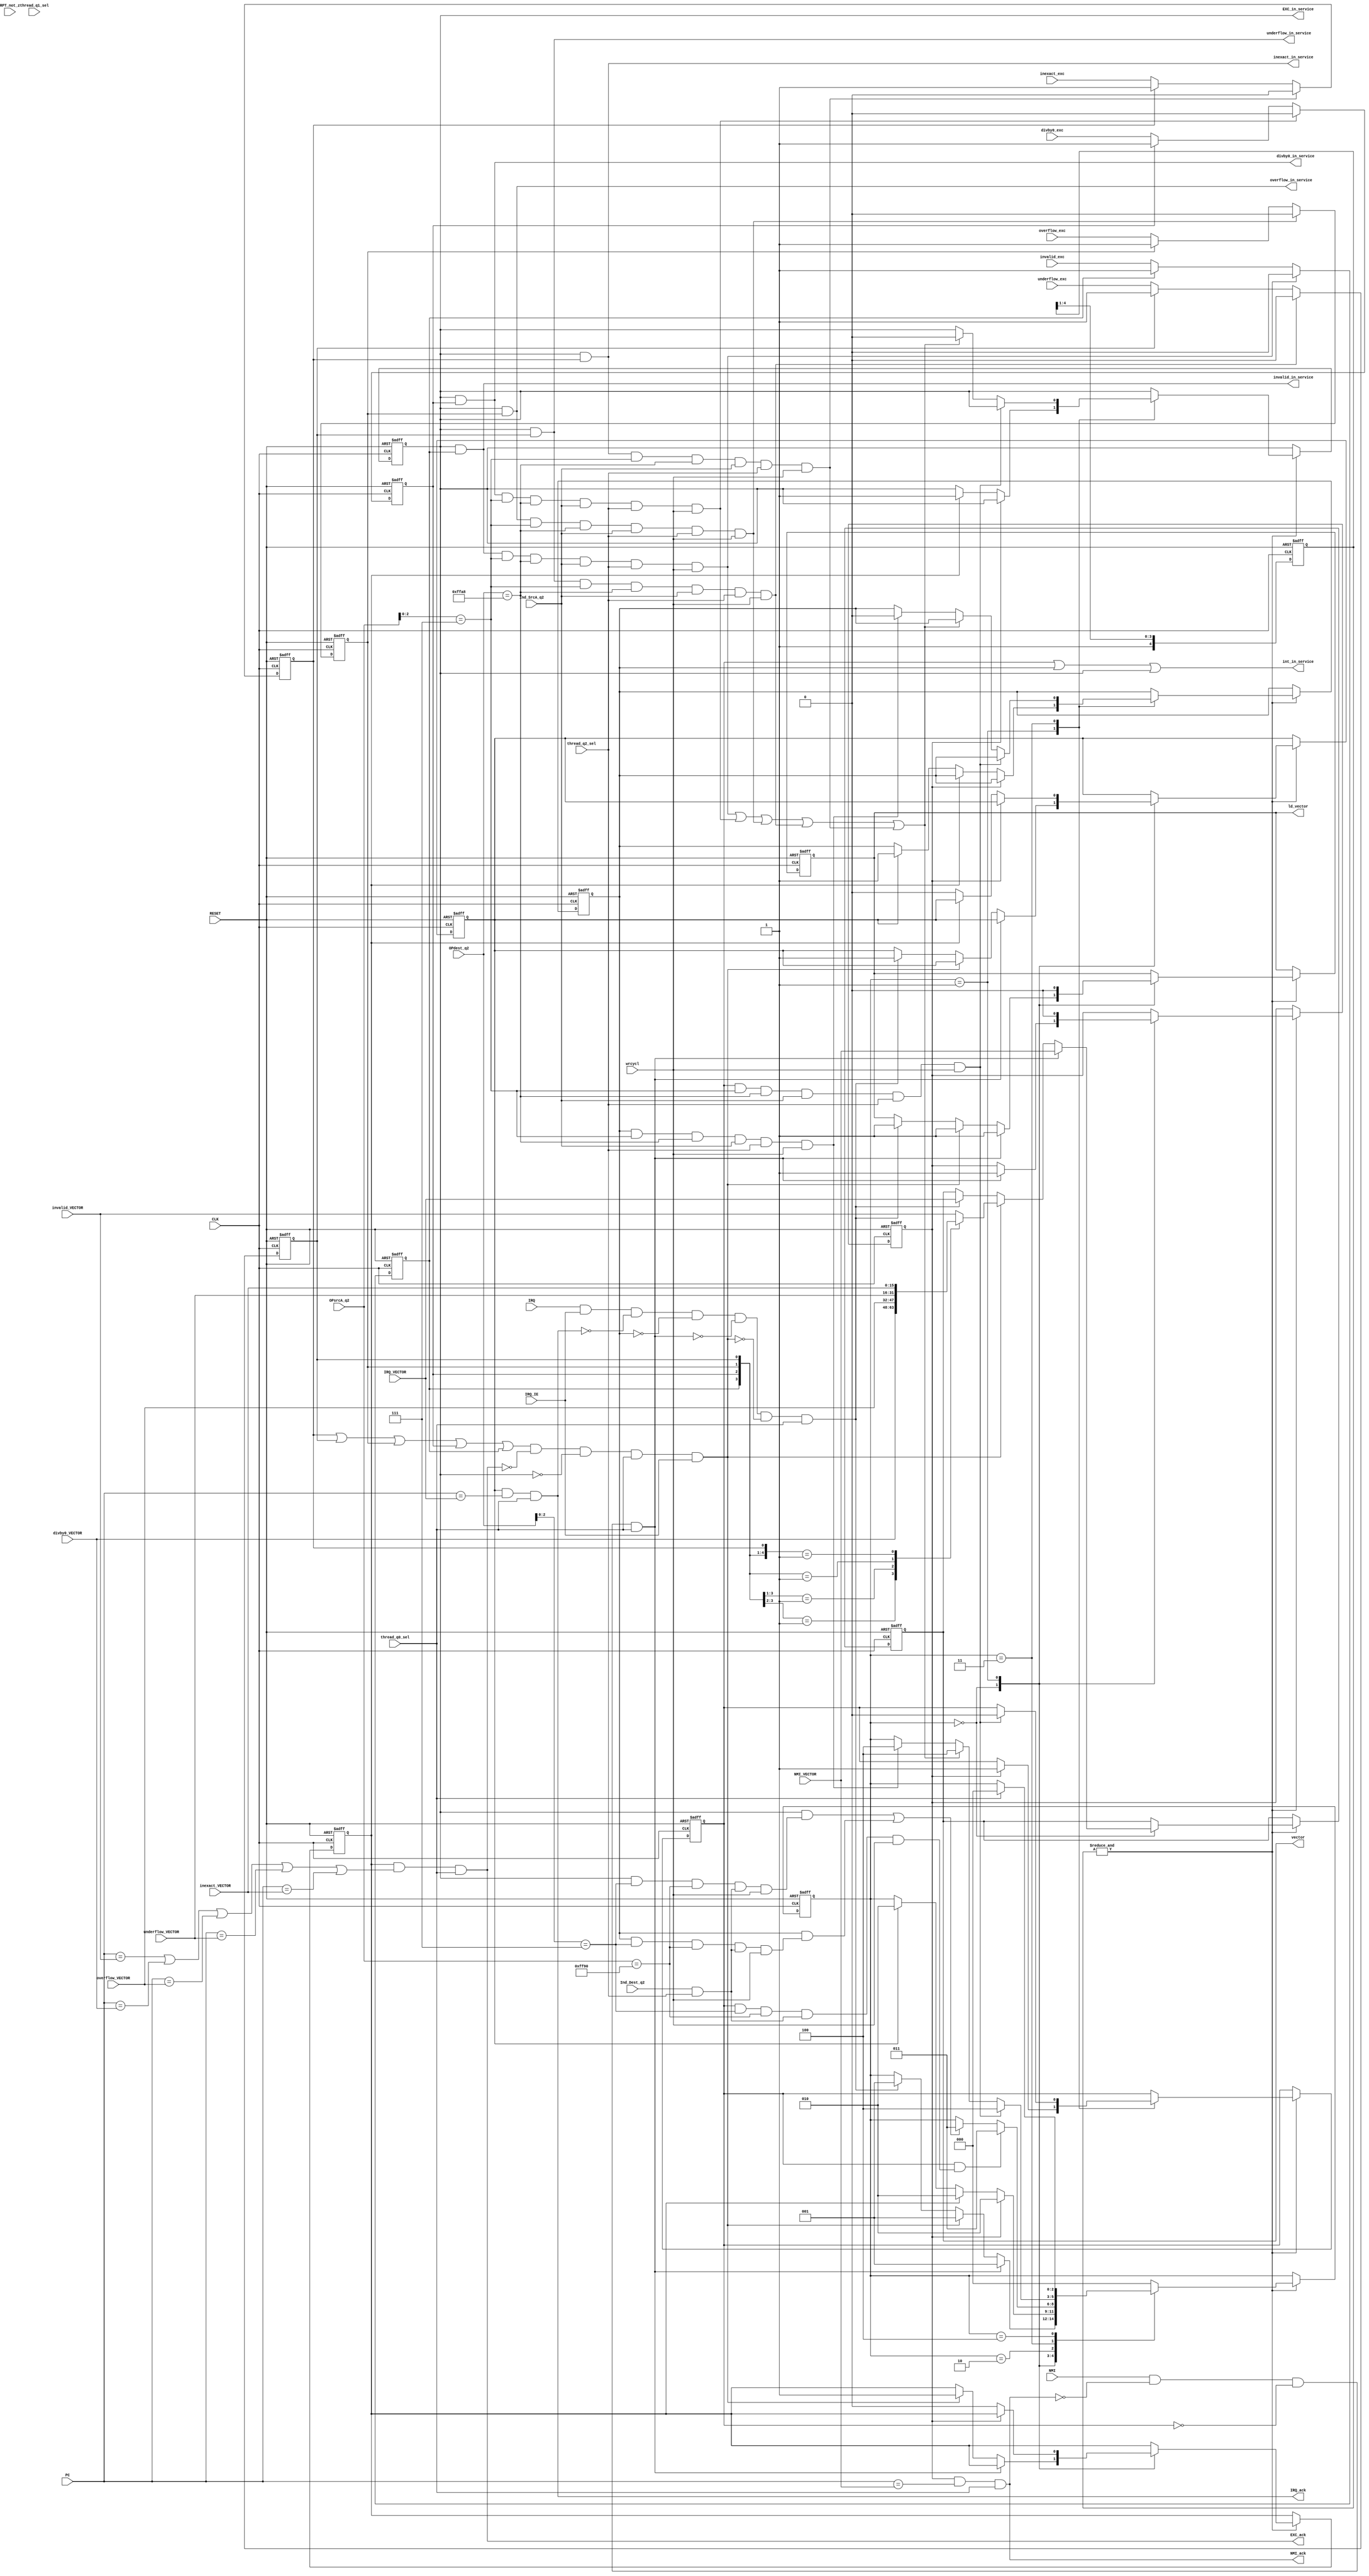
 `timescale 1ns/100ps
 // Version:  1.06  January 18, 2016
 // Copyright (C) 2015-2016.  All rights reserved.
////////////////////////////////////////////////////////////////////////////////////////////////////////////////////
//                                                                                                                //
//             SYMPL 32-BIT RISC, COARSE-GRAINED SCHEDULER (CGS) and GP-GPU SHADER IP CORES                       //
//                              Evaluation and Product Development License                                        //
//                                                                                                                //
// Provided that you comply with all the terms and conditions set forth herein, Jerry D. Harthcock ("licensor"),  //
// the original author and exclusive copyright owner of these SYMPL 32-BIT RISC, COARSE-GRAINED SCHEDULER (CGS)   //
// and GP-GPU SHADER Verilog RTL IP cores and related development software ("this IP")  hereby grants             //
// to recipient of this IP ("licensee"), a world-wide, paid-up, non-exclusive license to implement this IP in     //
// Xilinx, Altera, MicroSemi or Lattice Semiconductor brand FPGAs only and used for the purposes of evaluation,   //
// education, and development of end products and related development tools only.  Furthermore, limited to the    //
// the purposes of prototyping, evaluation, characterization and testing of their implementation in a hard,       //
// custom or semi-custom ASIC, any university or institution of higher education may have their implementation of //
// this IP produced for said limited purposes at any foundary of their choosing provided that such prototypes do  //
// not ever wind up in commercial circulation with such license extending to said foundary and is in connection   //
// with said academic pursuit and under the supervision of said university or institution of higher education.    //
//                                                                                                                //
// Any customization, modification, or derivative work of this IP must include an exact copy of this license      //
// and original copyright notice at the very top of each source file and derived netlist, and, in the case of     //
// binaries, a printed copy of this license and/or a text format copy in a separate file distributed with said    //
// netlists or binary files having the file name, "LICENSE.txt".  You, the licensee, also agree not to remove     //
// any copyright notices from any source file covered under this Evaluation and Product Development License.      //
//                                                                                                                //
// LICENSOR DOES NOT WARRANT OR GUARANTEE THAT YOUR USE OF THIS IP WILL NOT INFRINGE THE RIGHTS OF OTHERS OR      //
// THAT IT IS SUITABLE OR FIT FOR ANY PURPOSE AND THAT YOU, THE LICENSEE, AGREE TO HOLD LICENSOR HARMLESS FROM    //
// ANY CLAIM BROUGHT BY YOU OR ANY THIRD PARTY FOR YOUR SUCH USE.                                                 //
//                                                                                                                //
// Licensor reserves all his rights without prejudice, including, but in no way limited to, the right to change   //
// or modify the terms and conditions of this Evaluation and Product Development License anytime without notice   //
// of any kind to anyone. By using this IP for any purpose, you agree to all the terms and conditions set forth   //
// in this Evaluation and Product Development License.                                                            //
//                                                                                                                //
// This Evaluation and Product Development License does not include the right to sell products that incorporate   //
// this IP, any IP derived from this IP.  If you would like to obtain such a license, please contact Licensor.    //
//                                                                                                                //
// Licensor can be contacted at:  SYMPL.gpu@gmail.com                                                             //
//                                                                                                                //
////////////////////////////////////////////////////////////////////////////////////////////////////////////////////

module int_cntrl(
    CLK,
    RESET,
    PC,
    thread_q0_sel,
    thread_q1_sel,
    thread_q2_sel,
    OPsrcA_q2,
    OPdest_q2,
    Ind_Dest_q2,
    Ind_SrcA_q2,
    RPT_not_z,
    NMI,
    inexact_exc,  
    underflow_exc,
    overflow_exc, 
    divby0_exc,   
    invalid_exc,  
    IRQ,
    IRQ_IE,
    vector,
    ld_vector,
    NMI_ack,
    EXC_ack,
    IRQ_ack,
    EXC_in_service,
    invalid_in_service,
    divby0_in_service, 
    overflow_in_service, 
    underflow_in_service,
    inexact_in_service,
    wrcycl,
    int_in_service,
     NMI_VECTOR,
     IRQ_VECTOR,
     invalid_VECTOR,
     divby0_VECTOR,
     overflow_VECTOR,
     underflow_VECTOR,
     inexact_VECTOR
    );
    
input CLK; 
input RESET; 
input NMI; 
input inexact_exc;  
input underflow_exc;
input overflow_exc; 
input divby0_exc;   
input invalid_exc;  
input IRQ; 
input IRQ_IE;
input [15:0] PC;
input thread_q0_sel; 
input thread_q1_sel; 
input thread_q2_sel; 
input RPT_not_z;         
input [15:0] OPsrcA_q2;
input [15:0] OPdest_q2;
input Ind_Dest_q2;
input Ind_SrcA_q2;
output [15:0] vector;
output ld_vector;
output NMI_ack;
output EXC_ack;
output IRQ_ack;
output EXC_in_service;
output invalid_in_service;
output divby0_in_service; 
output overflow_in_service; 
output underflow_in_service;
output inexact_in_service;
output int_in_service;
input wrcycl;
input [15:0] NMI_VECTOR;
input [15:0] IRQ_VECTOR;
input [15:0] invalid_VECTOR;
input [15:0] divby0_VECTOR;
input [15:0] overflow_VECTOR;
input [15:0] underflow_VECTOR;
input [15:0] inexact_VECTOR;

parameter     ROM_ADDRS   = 18'b1111111xxxxxxxxxxx; //rom in this implementation is only 32k bytes (4k x 64), shared by all threads
parameter      SP_ADDRS   = 18'h0FFE8;
parameter     AR6_ADDRS   = 18'h0FFE0;
parameter     AR5_ADDRS   = 18'h0FFD8;
parameter     AR4_ADDRS   = 18'h0FFD0;
parameter     AR3_ADDRS   = 18'h0FFC8;
parameter     AR2_ADDRS   = 18'h0FFC0;
parameter     AR1_ADDRS   = 18'h0FFB8;
parameter     AR0_ADDRS   = 18'h0FFB0;
parameter      PC_ADDRS   = 18'h0FFA8;
parameter PC_COPY_ADDRS   = 18'h0FF90;
parameter      ST_ADDRS   = 18'h0FF88;
parameter  LPCNT1_ADDRS   = 18'h0FF78;
parameter  LPCNT0_ADDRS   = 18'h0FF70;
parameter   TIMER_ADDRS   = 18'h0FF68;
parameter    CREG_ADDRS   = 18'h0FF60;
parameter   CAPT3_ADDRS   = 18'h0FF58;
parameter   CAPT2_ADDRS   = 18'h0FF50;
parameter   CAPT1_ADDRS   = 18'h0FF48;
parameter   CAPT0_ADDRS   = 18'h0FF40;
parameter  SCHED_ADDRS    = 18'h0FF38;
parameter  SCHEDCMP_ADDRS = 18'h0FF30;
parameter     QOS_ADDRS   = 18'h0FF20;
parameter     RAM_ADDRS   = 18'b0000xxxxxxxxxxxxxx; //first 32k bytes (since data memory is byte-addressable and smallest RAM for this in Kintex 7 is 2k x 64 bits using two blocks next to each other

reg [15:0] vector;
reg ld_vector;

reg NMI_ackq;
reg NMI_in_service;

reg EXC_ackq;
reg EXC_in_service;

reg IRQ_ackq;
reg IRQ_in_service;

reg inexactq; 
reg underflowq;
reg overflowq;
reg divby0q;  
reg invalidq; 
 
reg [2:0] int_state;


reg [4:0] RESET_STATE;
          
wire EXC;

wire NMIg;
wire NMI_ack;
wire NMI_RETI;
wire saving_NMI_PC_COPY;

wire EXCg;
wire EXC_ack;
wire EXC_RETI;
wire saving_EXC_PC_COPY;
wire [4:0] EXC_sel;

wire IRQg;
wire IRQ_ack;
wire IRQ_RETI;
wire saving_IRQ_PC_COPY;

wire invalid_RETI; 
wire divby0_RETI;  
wire overflow_RETI; 
wire underflow_RETI;
wire inexact_RETI; 

wire invalid_in_service;
wire divby0_in_service;
wire overflow_in_service;
wire underflow_in_service;
wire inexact_in_service;

wire int_in_service;

assign int_in_service = NMI_in_service || IRQ_in_service || EXC_in_service;
assign EXC_sel = {invalidq, divby0q, overflowq, underflowq, inexactq};  

assign NMI_ack = NMI_ackq && (PC==NMI_VECTOR) && thread_q0_sel;
assign EXC_ack = EXC_ackq && ((PC==invalid_VECTOR) || (PC==divby0_VECTOR) || (PC==overflow_VECTOR) || (PC==underflow_VECTOR) || (PC==inexact_VECTOR)) && thread_q0_sel;
assign IRQ_ack = IRQ_ackq && (PC==IRQ_VECTOR) && thread_q0_sel;


assign invalid_in_service = EXC_in_service && invalidq;
assign divby0_in_service = EXC_in_service && divby0q;
assign overflow_in_service = EXC_in_service && overflowq;
assign underflow_in_service = EXC_in_service && underflowq;
assign inexact_in_service = EXC_in_service && inexactq;

assign invalid_RETI = invalid_in_service &&     (OPsrcA_q2[2:0]==3'b111) && (OPdest_q2==PC_ADDRS[15:0]) && Ind_SrcA_q2 && thread_q2_sel && wrcycl;
assign divby0_RETI = divby0_in_service &&       (OPsrcA_q2[2:0]==3'b111) && (OPdest_q2==PC_ADDRS[15:0]) && Ind_SrcA_q2 && thread_q2_sel && wrcycl;
assign overflow_RETI = overflow_in_service &&   (OPsrcA_q2[2:0]==3'b111) && (OPdest_q2==PC_ADDRS[15:0]) && Ind_SrcA_q2 && thread_q2_sel && wrcycl;
assign underflow_RETI = underflow_in_service && (OPsrcA_q2[2:0]==3'b111) && (OPdest_q2==PC_ADDRS[15:0]) && Ind_SrcA_q2 && thread_q2_sel && wrcycl;
assign inexact_RETI = inexact_in_service &&     (OPsrcA_q2[2:0]==3'b111) && (OPdest_q2==PC_ADDRS[15:0]) && Ind_SrcA_q2 && thread_q2_sel && wrcycl;
assign NMI_RETI = NMI_in_service &&             (OPsrcA_q2[2:0]==3'b111) && (OPdest_q2==PC_ADDRS[15:0]) && Ind_SrcA_q2 && thread_q2_sel && wrcycl;     //POP stack into PC
assign IRQ_RETI = IRQ_in_service &&             (OPsrcA_q2[2:0]==3'b111) && (OPdest_q2==PC_ADDRS[15:0]) && Ind_SrcA_q2 && thread_q2_sel && wrcycl;
assign EXC_RETI = invalid_RETI || divby0_RETI || overflow_RETI || underflow_RETI || inexact_RETI;

assign saving_NMI_PC_COPY = NMI_in_service && (OPdest_q2[2:0]==3'b111) && (OPsrcA_q2==PC_COPY_ADDRS[15:0]) && Ind_Dest_q2 & thread_q2_sel && wrcycl;  // PUSH PC_COPY onto stack
assign saving_EXC_PC_COPY = EXC_in_service && (OPdest_q2[2:0]==3'b111) && (OPsrcA_q2==PC_COPY_ADDRS[15:0]) && Ind_Dest_q2 & thread_q2_sel && wrcycl;
assign saving_IRQ_PC_COPY = IRQ_in_service && (OPdest_q2[2:0]==3'b111) && (OPsrcA_q2==PC_COPY_ADDRS[15:0]) && Ind_Dest_q2 & thread_q2_sel && wrcycl;

assign NMIg = NMI && ~NMI_ack && ~NMI_in_service && thread_q0_sel;                                                                                                                                              
assign EXCg = (inexactq || underflowq || overflowq || divby0q || invalidq) && ~EXC_ack && ~EXC_in_service && thread_q0_sel && IRQ_IE;                                                                                                                                              
assign IRQg = IRQ && IRQ_IE && ~IRQ_ack && ~IRQ_in_service && ~NMIg && ~EXCg  && thread_q0_sel;                                                                                                                                               

always @(posedge CLK or posedge RESET) begin
    if (RESET) begin
        inexactq   <= 1'b0; 
        underflowq <= 1'b0;
        overflowq  <= 1'b0;
        divby0q    <= 1'b0; 
        invalidq   <= 1'b0;
    end
    else begin
        if (invalid_RETI) invalidq <= 1'b0;
        else if (~invalidq) invalidq <= invalid_exc;

        if (divby0_RETI) divby0q <= 1'b0;
        else if (~divby0q) divby0q <= divby0_exc;
        
        if (overflow_RETI) overflowq <= 1'b0;
        else if (~overflowq) overflowq <= overflow_exc;
        
        if (underflow_RETI) underflowq <= 1'b0;
        else if (~underflowq) underflowq <= underflow_exc;

        if (inexact_RETI) inexactq <= 1'b0;
        else if (~inexactq) inexactq <= inexact_exc;
    end
end        
        
//interrupt prioritizer with corresponding IACK and IN_SERVICE generator
// NMI can interrupt EXC and IRQ while they are in service
// EXC has priority over IRQ but cannot interrupt IRQ or NMI while they are in service
// all interrupt sources must be held active until acknowledged, at which time they may be released
always @(posedge CLK or posedge RESET) begin
    if (RESET) begin
        vector <= 16'h0000;
        ld_vector <= 1'b0;
        int_state <= 3'b000;
        
        NMI_ackq <= 1'b0;                                                                                           
        NMI_in_service <= 1'b0;                                                                                     
                                                                                                                    
        EXC_ackq <= 1'b0;                                                                                           
        EXC_in_service <= 1'b0;                                                                                     
                                                                                                                    
        IRQ_ackq <= 1'b0;                                                                                           
        IRQ_in_service <= 1'b0;                                                                                     
        
        RESET_STATE <= 5'b10000;
    end
//NMI    
    else begin
        RESET_STATE <= {1'b1, RESET_STATE[4:1]};    //rotate right 1 into msb  (shift right)
       if (&RESET_STATE) //block all interrupts until reset vector fetched and entered
            case(int_state)
                3'b000 : if (NMIg) begin
                            NMI_ackq <= 1'b1;
                            ld_vector <= 1'b1;
                            vector <= NMI_VECTOR;
                            int_state <= 3'b001;
                         end
                         else if (EXCg) begin
                            EXC_ackq <= 1'b1;
                            ld_vector <= 1'b1;
                            casex (EXC_sel)
                                5'b1xxxx : vector <= invalid_VECTOR;
                                5'b01xxx : vector <= divby0_VECTOR;
                                5'b001xx : vector <= overflow_VECTOR;
                                5'b0001x : vector <= underflow_VECTOR;
                                5'b00001 : vector <= inexact_VECTOR;
                                default  : vector <= invalid_VECTOR;
                            endcase    
                            int_state <= 3'b001;
                         end
                         else if (IRQg) begin
                            IRQ_ackq <= 1'b1;
                            ld_vector <= 1'b1;
                            vector <= IRQ_VECTOR;
                            int_state <= 3'b001;
                         end                                
                3'b001 : begin                                                                                         
                            ld_vector <= 1'b0;                                                                         
                            if (NMI_ackq) begin
                              NMI_ackq <= 1'b0;
                              NMI_in_service <= 1'b1;
                              int_state <= 3'b010;                
                            end
                            else if (EXC_ackq) begin          
                                EXC_ackq <= 1'b0;        
                                EXC_in_service <= 1'b1;  
                                int_state <= 3'b010;           
                            end                          
                            else if (IRQ_ackq) begin     
                                IRQ_ackq <= 1'b0;        
                                IRQ_in_service <= 1'b1;  
                                int_state <= 3'b010;           
                            end                          
                         end
                3'b010 : begin
                            if (NMI_in_service && saving_NMI_PC_COPY) begin
                                int_state <= 3'b011;
                            end
                            else if ((EXC_in_service && saving_EXC_PC_COPY) || (IRQ_in_service && saving_IRQ_PC_COPY)) begin
                                int_state <= 3'b011;
                            end
                         end   
                3'b011 : begin
                            if (NMI_RETI) begin
                                NMI_in_service <= 1'b0;
                                int_state <= 3'b100;
                            end
                            else if (EXC_RETI) begin
                                EXC_in_service <= 1'b0;
                                int_state <= 3'b100;
                            end
                            else if (IRQ_RETI) begin
                                IRQ_in_service <= 1'b0;
                                int_state <= 3'b100;
                            end
                         end
                3'b100 : if (thread_q0_sel) int_state <= 3'b000;   //allow one fetch before allowing another interrupt
               default : int_state <= 3'b000;
             endcase        
    end                
end                     
                        
endmodule